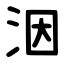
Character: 洇